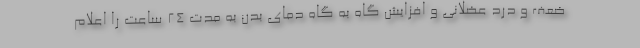
ضعف و درد عضلانی و افزایش گاه به گاه دمای بدن به مدت ۲۴ ساعت را اعلام